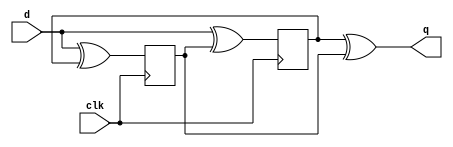
module top_module (
    input clk,
    input d,
    output q
);
  reg trig1, trig2;
assign q = trig1^trig2;

  always @(posedge clk) begin
    trig1 <= d^trig2;
  end

  always @(negedge clk) begin
  trig2 <= d^trig1;
  end
    
endmodule